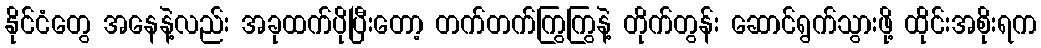
နိုင်ငံတွေ အနေနဲ့လည်း အခုထက်ပိုပြီးတော့ တက်တက်ကြွကြွနဲ့ တိုက်တွန်း ဆောင်ရွက်သွားဖို့ ထိုင်းအစိုးရက